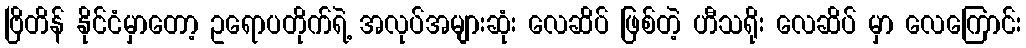
ဗြိတိန် နိုင်ငံမှာတော့ ဥရောပတိုက်ရဲ့ အလုပ်အများဆုံး လေဆိပ် ဖြစ်တဲ့ ဟီသရိုး လေဆိပ် မှာ လေကြောင်း